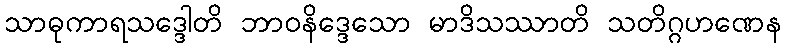
သာဓုကာရသဒ္ဒေါတိ ဘာဝနိဒ္ဒေသော မာဒိသဿာတိ သတိဂ္ဂဟဏေန